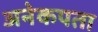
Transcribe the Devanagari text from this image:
अनेकपता